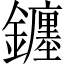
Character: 𨮻